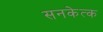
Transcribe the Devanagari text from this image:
सनकेत्क